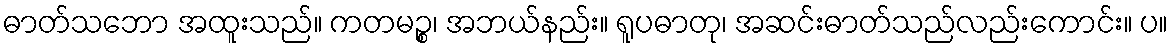
ဓာတ်သဘော အထူးသည်။ ကတမဉ္စ၊ အဘယ်နည်း။ ရူပဓာတု၊ အဆင်းဓာတ်သည်လည်းကောင်း။ ပ။